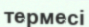
термесі